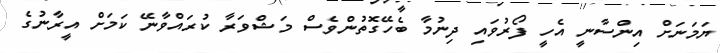
ޔަމަނަށް އިންސާނީ އެހީ ފޯރުވައި ދިނުމާ ބެހޭގޮތުންވެސް މަޝްވަރާ ކުރައްވާނޭ ކަމަށް އީރާނުގެ